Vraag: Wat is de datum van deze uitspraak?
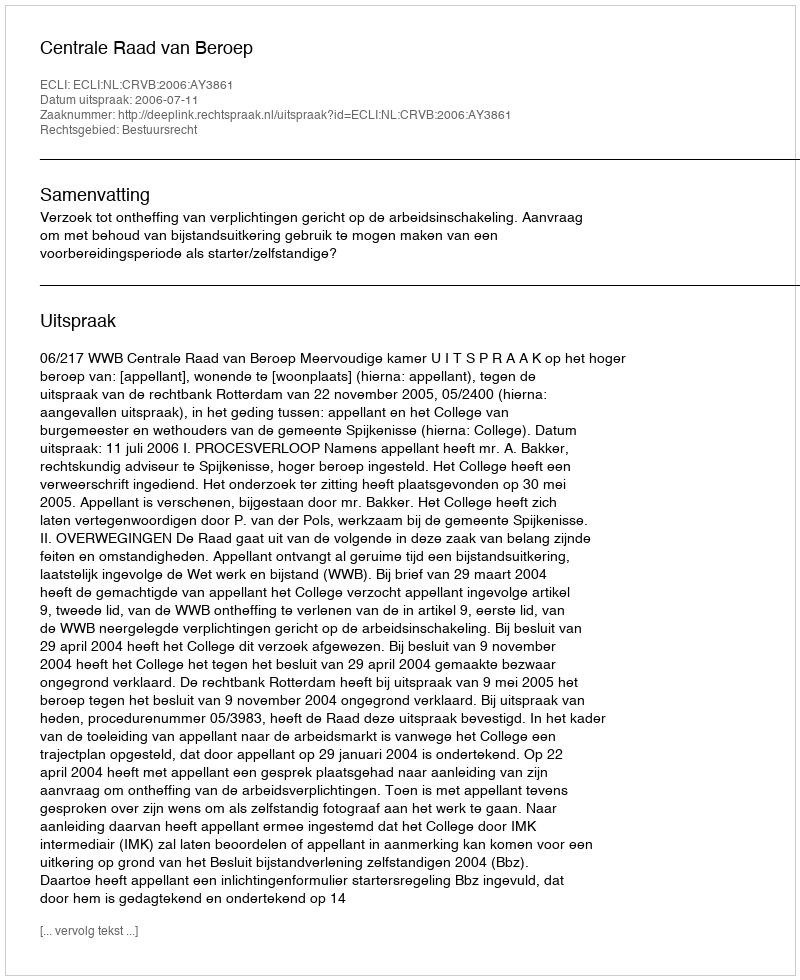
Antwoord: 2006-07-11